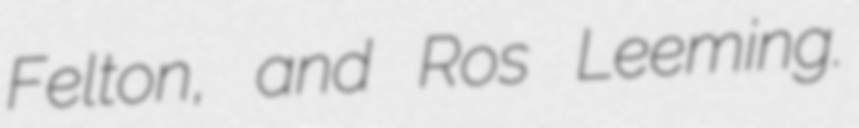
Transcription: Felton, and Ros Leeming.